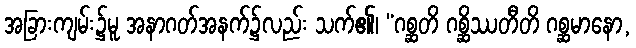
အခြားကျမ်း၌မူ အနာဂတ်အနက်၌လည်း သက်၏၊ “ဂစ္ဆတိ ဂစ္ဆိဿတီတိ ဂစ္ဆမာနော,